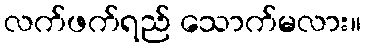
လက်ဖက်ရည် သောက်မလား။